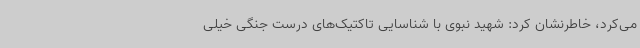
می‌کرد، خاطرنشان کرد: شهید نبوی با شناسایی تاکتیک‌های درست جنگی خیلی